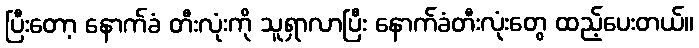
ပြီးတော့ နောက်ခံ တီးလုံးကို သူရှာလာပြီး နောက်ခံတီးလုံးတွေ ထည့်ပေးတယ်။